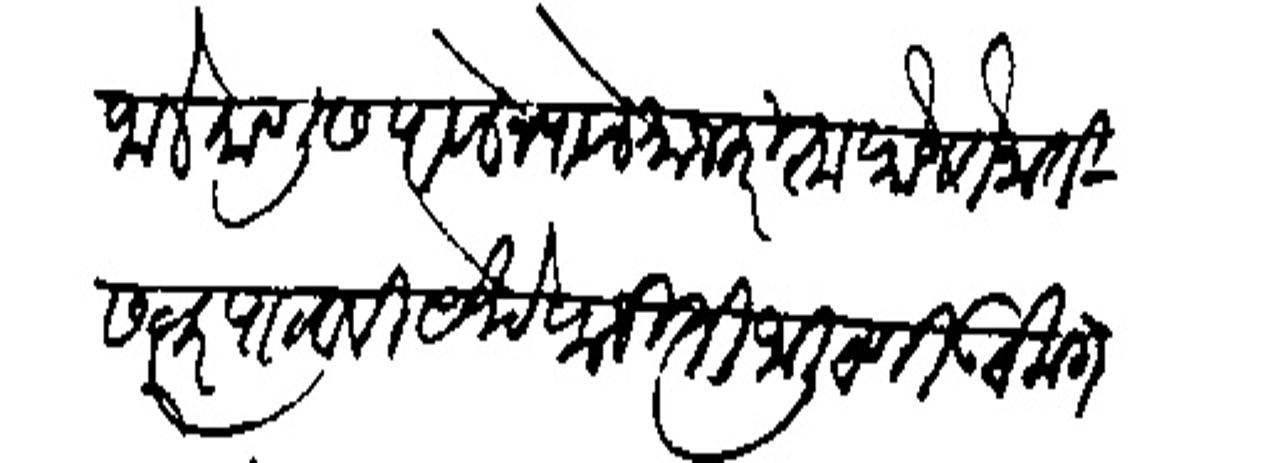
Transliteration (Devanagari): जाले माणूस पावले न पावले याजकरिता फौज तेनाती सत्वर पाठवावी येथे फजिती जाली ठाणी उठो लाग